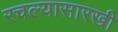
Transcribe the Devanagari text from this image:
रचल्यासारखी